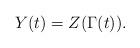
LaTeX: \begin{align*}Y(t) = Z(\Gamma(t)).\end{align*}